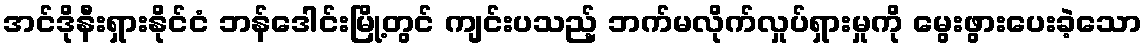
အင်ဒိုနီးရှားနိုင်ငံ ဘန်ဒေါင်းမြို့တွင် ကျင်းပသည့် ဘက်မလိုက်လှုပ်ရှားမှုကို မွေးဖွားပေးခဲ့သော